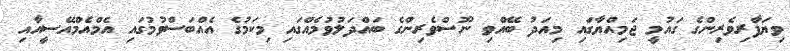
ވިޔަފާރިވެރިންގެ ގައުމީ ޖަމިއްޔާގައި މިއަދު ބޭއްވި ނޫސްވެރިންގެ ބައްދަލުވުމެއްގައި މިކަމުގެ އެއްބަސްވުމުގައި އެމްއެމްއޭސީއާއި